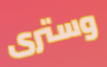
وسترى